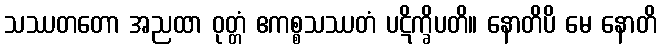
သဿတတော အညထာ ဝုတ္တံ ဧကစ္စသဿတံ ပဋိက္ခိပတိ။ နောတိပိ မေ နောတိ